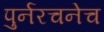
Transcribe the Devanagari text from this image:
पुर्नरचनेच